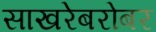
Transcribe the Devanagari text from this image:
साखरेबरोबर